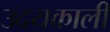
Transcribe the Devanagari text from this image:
उदयकाली